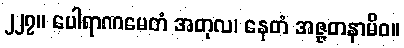
၂၂၇။ ပေါရာဏမေတံ အတုလ၊ နေတံ အဇ္ဇတနာမိဝ။